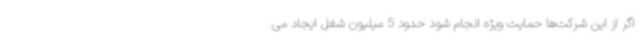
اگر از این شرکت‌ها حمایت ویژه انجام شود حدود 5 میلیون شغل ایجاد می